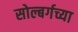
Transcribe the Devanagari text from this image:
सोल्बर्गच्या